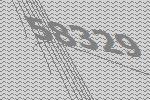
58329